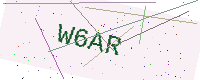
Text: W6AR